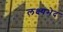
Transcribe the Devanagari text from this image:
लक्ष्यभेद